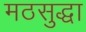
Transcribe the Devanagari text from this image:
मठसुद्धा